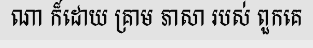
ណា ក៏ដោយ គ្រាម ភាសា របស់ ពួកគេ